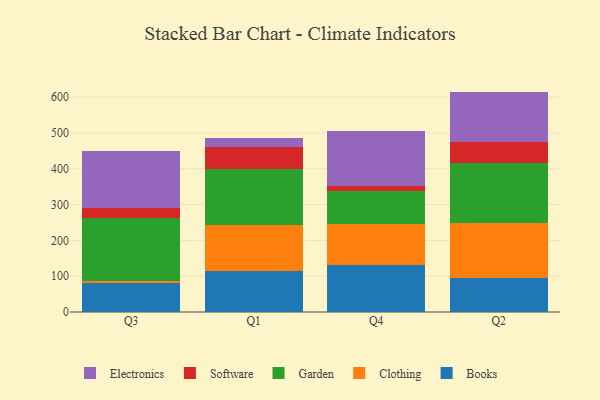
{"axis": {"x": "Quarter", "y": "Temperature (°C)"}, "legend": ["Books", "Clothing", "Electronics", "Garden", "Software"], "data": [{"x": "Q3", "y": 79.7, "type": "Books"}, {"x": "Q3", "y": 7.7, "type": "Clothing"}, {"x": "Q3", "y": 173.8, "type": "Garden"}, {"x": "Q3", "y": 28.3, "type": "Software"}, {"x": "Q3", "y": 160.1, "type": "Electronics"}, {"x": "Q1", "y": 114.5, "type": "Books"}, {"x": "Q1", "y": 127.9, "type": "Clothing"}, {"x": "Q1", "y": 156.0, "type": "Garden"}, {"x": "Q1", "y": 61.4, "type": "Software"}, {"x": "Q1", "y": 27.2, "type": "Electronics"}, {"x": "Q4", "y": 132.0, "type": "Books"}, {"x": "Q4", "y": 113.1, "type": "Clothing"}, {"x": "Q4", "y": 93.0, "type": "Garden"}, {"x": "Q4", "y": 14.4, "type": "Software"}, {"x": "Q4", "y": 152.5, "type": "Electronics"}, {"x": "Q2", "y": 94.9, "type": "Books"}, {"x": "Q2", "y": 152.2, "type": "Clothing"}, {"x": "Q2", "y": 168.7, "type": "Garden"}, {"x": "Q2", "y": 59.0, "type": "Software"}, {"x": "Q2", "y": 140.4, "type": "Electronics"}]}